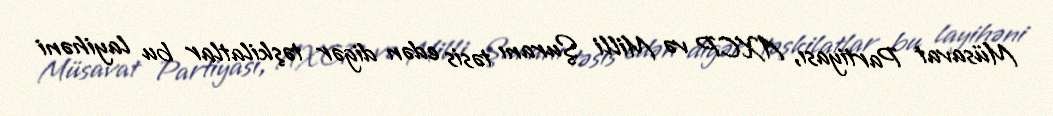
Müsavat Partiyası, AXCP və Milli Şuranı təsis edən digər təşkilatlar bu layihəni